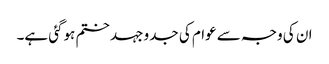
ان کی وجہ سے عوام کی جدو جہد ختم ہوگئی ہے۔